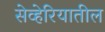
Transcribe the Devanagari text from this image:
सेव्हेरियातील